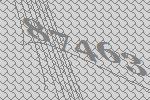
87463